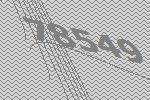
78549